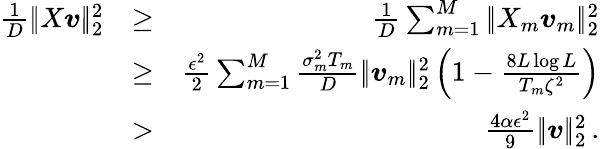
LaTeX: \begin{array}{rlr}{\frac 1D|\! |X\boldsymbol{v}|\! |_{2}^{2}}&{\geq}&{\frac 1D\sum_{m=1}^{M}|\! |X_{m}\boldsymbol{v}_{m}|\! |_{2}^{2}}\\ &{\geq}&{\frac{\epsilon^{2}}2\sum_{m=1}^{M}\frac{\sigma_{m}^{2}T_{m}}{D}|\! |\boldsymbol{v}_{m}|\! |_{2}^{2}\left(1-\frac{8L\log L}{T_{m}\zeta^{2}}\right)}\\ &{>}&{\frac{4\alpha\epsilon^{2}}{9}|\! |\boldsymbol{v}|\! |_{2}^{2}\, .}\end{array}